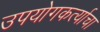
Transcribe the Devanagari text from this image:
उपयोगकर्त्याचा